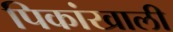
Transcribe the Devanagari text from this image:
पिकांखाली